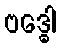
ဗဒ္ဓေါ